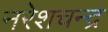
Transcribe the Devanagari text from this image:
नरेशचन्द्र